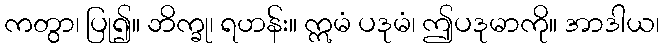
ကတွာ၊ ပြု၍။ ဘိက္ခု၊ ရဟန်း။ ဣမံ ပဒုမံ၊ ဤပဒုမာကို။ အာဒါယ၊